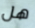
هل